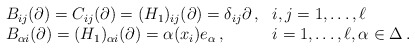
\begin{align*}\begin{array}{ll}B_{ij}(\partial)=C_{ij}(\partial)=(H_1)_{ij}(\partial)=\delta_{ij}\partial\,,&i,j=1,\dots,\ell\\B_{\alpha i}(\partial)=(H_1)_{\alpha i}(\partial)=\alpha(x_i)e_{\alpha}\,,&i=1,\dots,\ell,\alpha\in\Delta\,.\end{array}\end{align*}